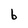
Character: b